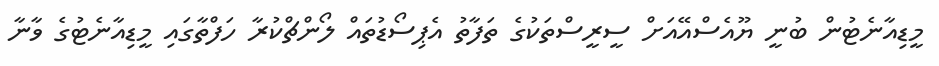
މީޑިއާނެޓުން ބުނީ ޔޫއެސްއޭއަށް ސީރީސްތަކުގެ ތަފާތު އެޕިސޯޑުތައް ލޯންޗްކުރާ ހަފްތާގައި މީޑިއާނެޓުގެ ވާނާ